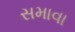
સમાવા